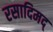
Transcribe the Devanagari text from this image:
रसादिमद्